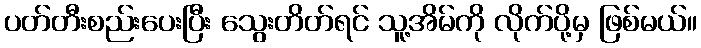
ပတ်တီးစည်းပေးပြီး သွေးတိတ်ရင် သူ့အိမ်ကို လိုက်ပို့မှ ဖြစ်မယ်။